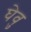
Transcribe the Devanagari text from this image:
घेवु